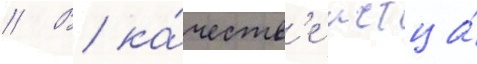
// В ка́честв'е истца́